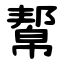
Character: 幚